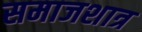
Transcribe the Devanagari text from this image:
समाजशात्र